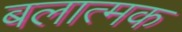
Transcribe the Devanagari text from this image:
बलात्मक